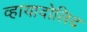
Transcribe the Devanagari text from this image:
व्हायादोलिद